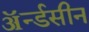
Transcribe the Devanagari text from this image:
ॲर्न्डसीन